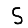
Digit: 5